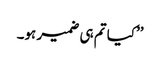
’’کیا تم ہی ضمیر ہو۔